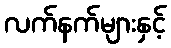
လက်နက်များနှင့်